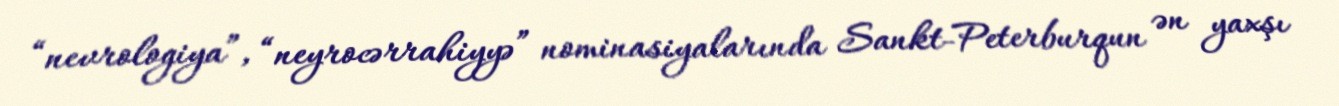
“nevrologiya”, “neyrocərrahiyyə” nominasiyalarında Sankt-Peterburqun ən yaxşı